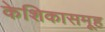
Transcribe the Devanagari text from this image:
केशिकासमूह